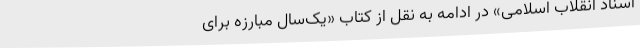
اسناد انقلاب اسلامی» در ادامه به نقل از کتاب «یک‌سال مبارزه برای